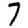
Digit: 7